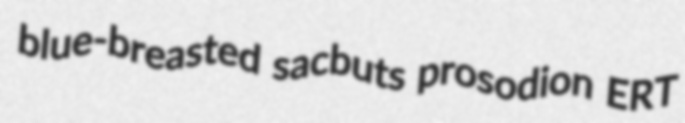
blue-breasted sacbuts prosodion ERT